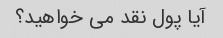
آیا پول نقد می خواهید؟